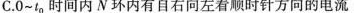
C.0~t_{0} 时间内N环内有自右向左看顺时针方向的电流